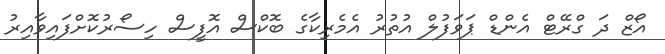
އޯޒް ދަ ގްރޭޓް އެންޑް ޕަވަފުލް އުތުރު އެމެރިކާގެ ބޮކްސް އޮފީސް ހިސޯރުކޮށްފައިވާއިރު